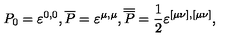
P _ { 0 } = \varepsilon ^ { 0 , 0 } , \overline { { P } } = \varepsilon ^ { \mu , \mu } , \overline { { \overline { { P } } } } = \frac 1 2 \varepsilon ^ { [ \mu \nu ] , [ \mu \nu ] } ,